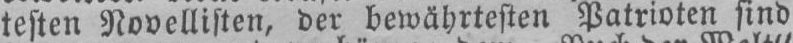
testen Novellisten, der bewährtesten Patrioten sind